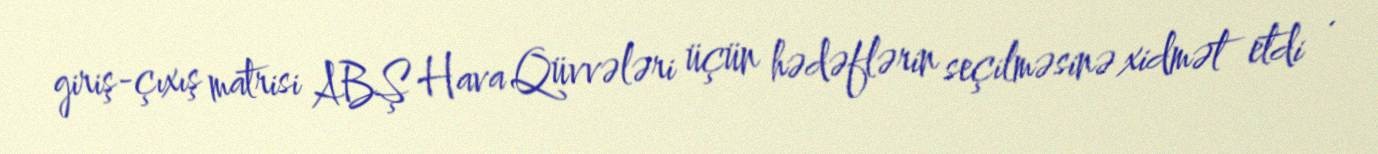
giriş-çıxış matrisi ABŞ Hava Qüvvələri üçün hədəflərin seçilməsinə xidmət etdi .